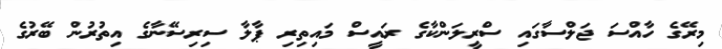
މިރޭގެ ހާއްސަ ޖަލްސާގައި ސްރީލަންކާގެ ރައީސް މައިތިރި ޕާލާ ސިރިސޭނާގެ އިތުރުން ބޭރުގެ